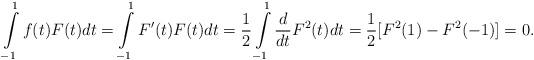
LaTeX: \begin{align*}\int\limits_{-1}^1f(t)F(t)dt=\int\limits_{-1}^1F'(t)F(t)dt=\frac{1}{2}\int\limits_{-1}^1\frac{d}{dt}F^2(t)dt=\frac{1}{2}[F^2(1)-F^2(-1)]=0.\end{align*}